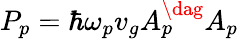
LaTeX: P_{p}=\hbar\omega_{p}v_{g}A_{p}^{\dag}A_{p}